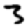
Digit: 3